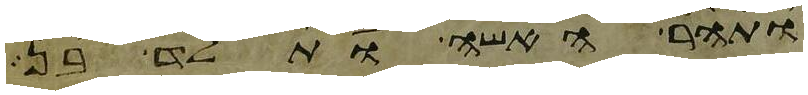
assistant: ותהר האשה ותלד בן